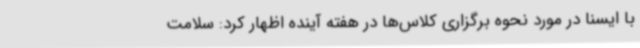
با ایسنا در مورد نحوه برگزاری کلاس‌ها در هفته آینده اظهار کرد: سلامت